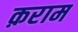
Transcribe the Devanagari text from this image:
क़राम